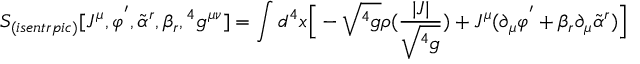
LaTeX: S _ { ( i s e n t r p i c ) } [ J ^ { \mu } , \varphi ^ { ' } , { \tilde { \alpha } } ^ { r } , \beta _ { r } , { } ^ { 4 } g ^ { \mu \nu } ] = \int d ^ { 4 } x \Big [ - \sqrt { { } ^ { 4 } g } \rho ( { \frac { | J | } { \sqrt { { } ^ { 4 } g } } } ) + J ^ { \mu } ( \partial _ { \mu } \varphi ^ { ' } + \beta _ { r } \partial _ { \mu } { \tilde { \alpha } } ^ { r } ) \Big ]